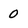
Character: 0